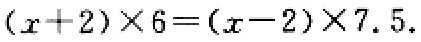
\((x + 2)\times6=(x - 2)\times7.5\)